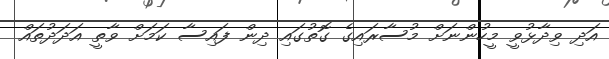
އަދި ވިދާޅުވީ މީހުންނަށް މުސާރައިގެ ގޮތުގައި ދިން ފައިސާ ކަމަށް ވާތީ އަދަދުތައް